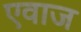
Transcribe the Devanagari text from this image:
एवाज